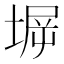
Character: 𰊋